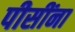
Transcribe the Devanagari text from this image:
पीसींना